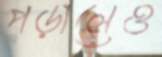
পড়ালেও